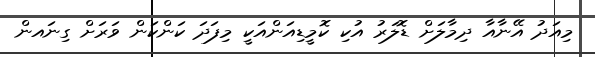
މިއަދު އޭނާއާ ދިމާލަށް ޑޮލަރު އުކި ކޮމީޑިއަންއަކީ މިފަދަ ކަންކަން ވަރަށް ގިނައން